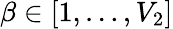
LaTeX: \beta\in[1,\ldots,V_{2}]